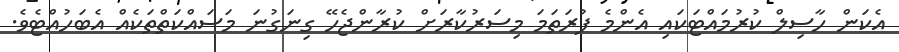
އެެކަން ހާސިލް ކުރުމައްޓަކައި އެންމެ ފުރަތަމަ މިސަރުކާރަށް ކުރާންޖެހޭ ގިނަގުނަ މަސައްކަތްތަކެއް އެބަހުއްޓެވެ.